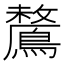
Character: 𪅗